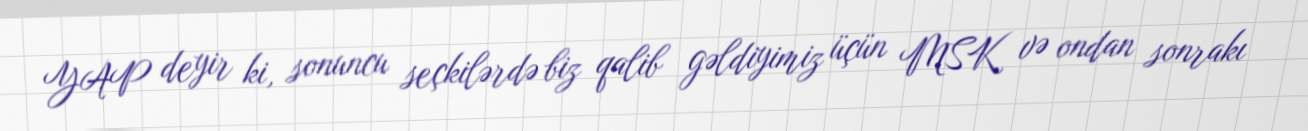
YAP deyir ki, sonuncu seçkilərdə biz qalib gəldiyimiz üçün MSK və ondan sonrakı